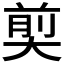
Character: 𪥗